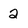
Character: 2